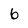
Character: 6